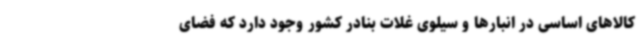
کالاهای اساسی در انبارها و سیلوی غلات بنادر کشور وجود دارد که فضای